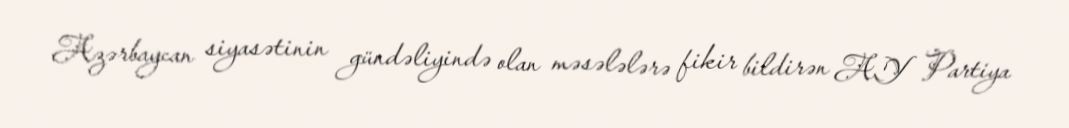
Azərbaycan siyasətinin gündəliyində olan məsələlərə fikir bildirən AY Partiya